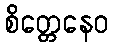
စိတ္တေနေဝ